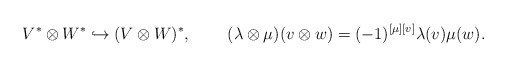
\begin{align*} &V^*\otimes W^*\hookrightarrow(V\otimes W)^*, &&(\lambda\otimes\mu)(v\otimes w)=(-1)^{[\mu][v]}\lambda(v)\mu(w).\end{align*}